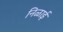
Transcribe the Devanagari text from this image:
निळाई